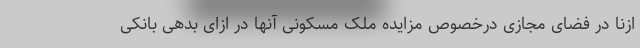
ازنا در فضای مجازی درخصوص مزایده ملک مسکونی آنها در ازای بدهی بانکی